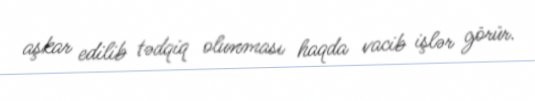
aşkar edilib tədqiq olunması haqda vacib işlər görür.